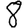
Digit: 8